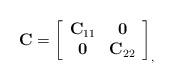
LaTeX: \begin{align*}{\bf C} = \left[\begin{array}{cc}{\bf C}_{11}& {\bf 0}\\{\bf 0}& {\bf C}_{22}\end{array}\right]_,\end{align*}